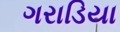
ગરાડિયા